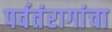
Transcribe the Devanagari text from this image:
पर्वतंरागांचा